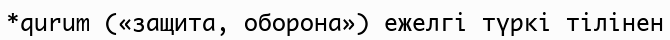
*qurum («защита, оборона») ежелгі түркі тілінен